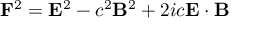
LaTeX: \mathbf { F } ^ { 2 } = \mathbf { E } ^ { 2 } - c ^ { 2 } \mathbf { B } ^ { 2 } + 2 i c \mathbf { E } \cdot \mathbf { B }